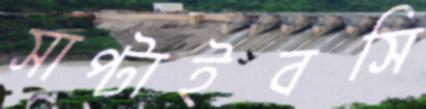
সাপ্‌টাইবসি